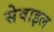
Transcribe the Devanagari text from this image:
सेवाइल